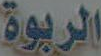
الربوة